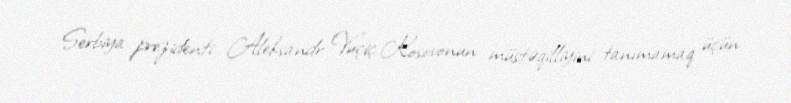
Serbiya prezidenti Aleksandr Vuçiç Kosovonun müstəqilliyini tanımamaq üçün